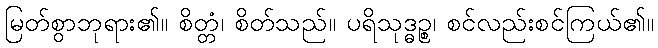
မြတ်စွာဘုရား၏။ စိတ္တံ၊ စိတ်သည်။ ပရိသုဒ္ဓဉ္စ၊ စင်လည်းစင်ကြယ်၏။